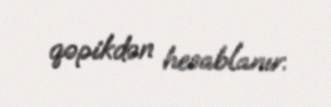
qəpikdən hesablanır.